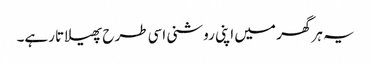
یہ ہر گھر میں اپنی روشنی اسی طرح پھیلاتا رہے۔